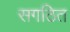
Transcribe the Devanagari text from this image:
सगठित